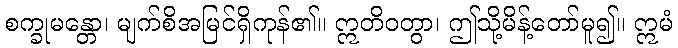
စက္ခုမန္တော၊ မျက်စိအမြင်ရှိကုန်၏။ ဣတိဝတွာ၊ ဤသို့မိန့်တော်မူ၍။ ဣမံ